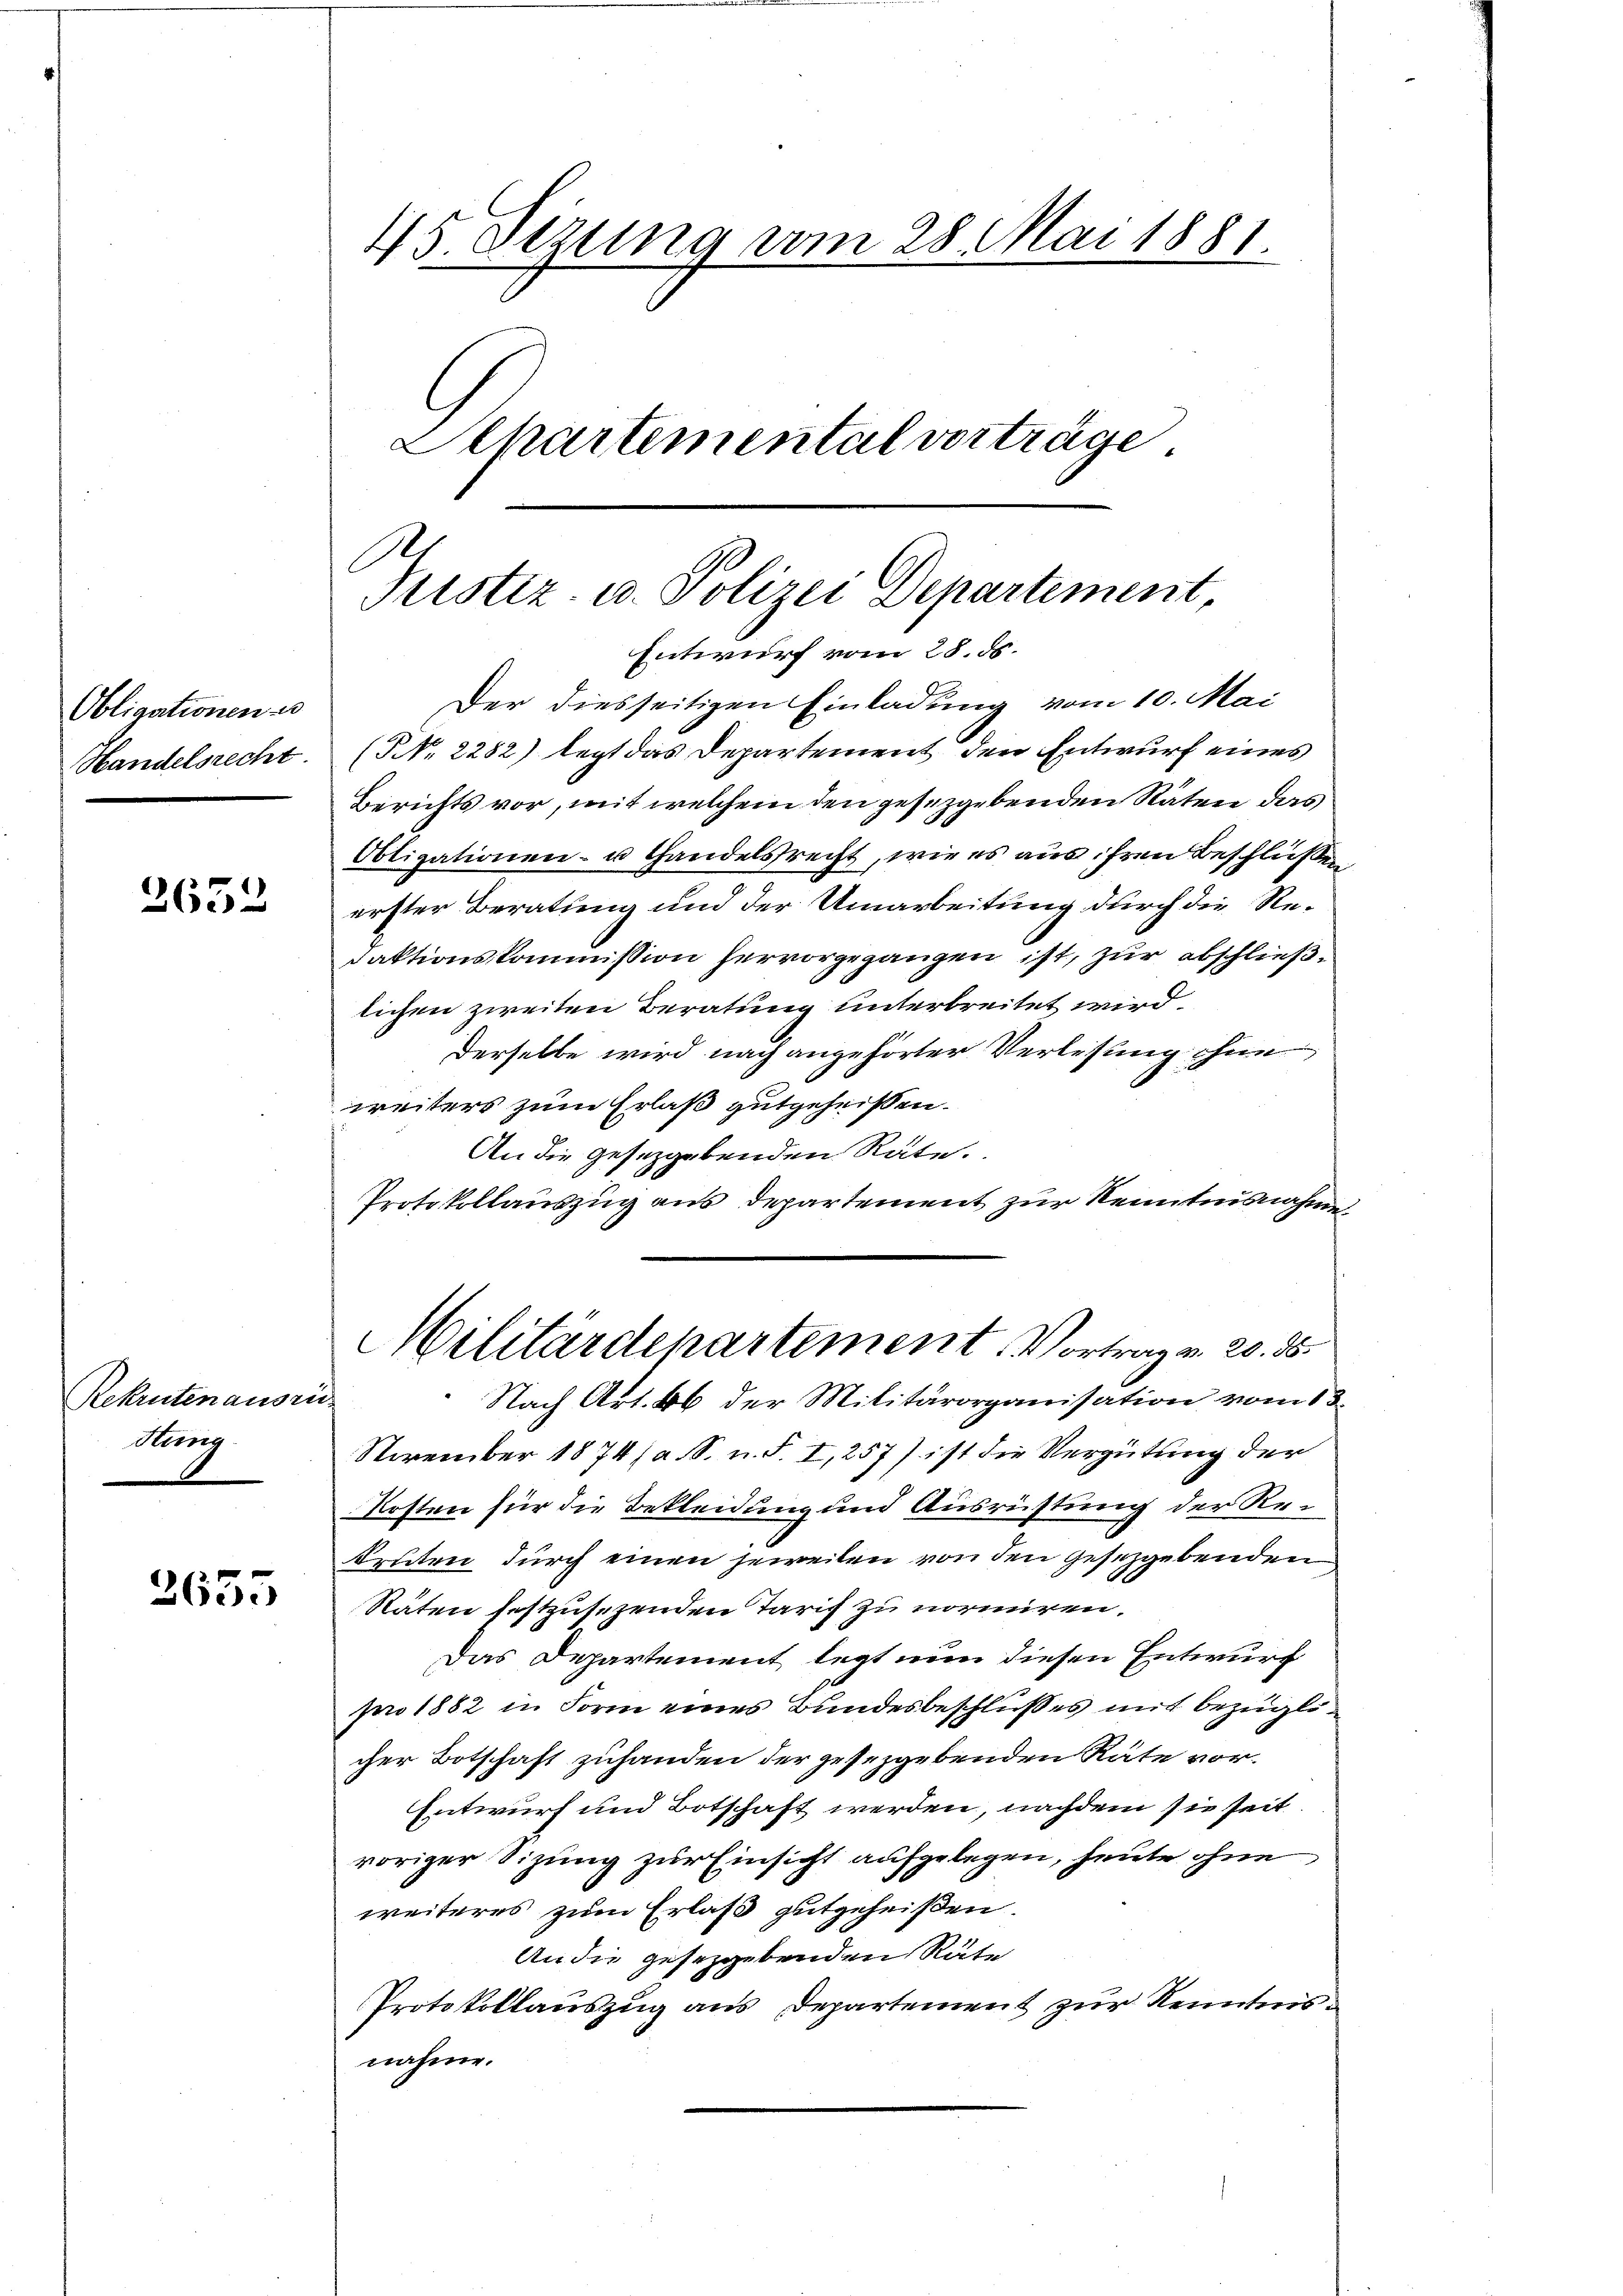
Obligationen
Handelsrecht.

2632

Rekrutenausri
Stung

2635

45. Setzung vom 28. Mai 1881.
Elhartemental vorträge

1
Tristiz- u. Polizei Departement
Entwurf vom 28. ds.

Der diesseitigen Einladung vom 10. Mai
(NNo. 2282) legt das Departement den Entwurf eines
Berichts vor, mit welchem den gesezgebenden Räten das
Obligationen- u Handelsrecht, wie es aus ihren Beschlüßen
erster Beratung und der Umarbeitung durch die Redaktionskommission hervorgegangen ist, zur abschließlichen zweiten Beratung unterbreitet wird.
Derselbe wird nach angehörter Verlesung ihne
weiters zum Erlaß gutgeheißen.
An die gesetzgebenden Räte.
Protokollauszug aus departement zur Kenntnisnahme
Nach Art. 66 der Militärorganisation vom 12.
November 1874/a S. n. F. I, 257) ist die Vergütung der
Kosten für die Bekleidung und Ausrüstung der Rekruten durch einen jeweilen von den Gesetzgebenden
Stäten festzusezenden Tarif zu normiren.
Das Departement legt nun diesen Entwurf
pro 1882 in Form eines Bundesbeschlußes mit bezüglicher Botschaft zuhanden der gesezgebenden Räte vor¬
Entwurf und Botschaft werden, nachdem sie seit
voriger Sizung zur Einsicht aufgelegen, heute ohne
weiteres zum Erlaß gutgeheißen.
An die gesezgebenden Räte
Protokollauszug aus Departement zur Kenntnisnahme.

Militärdepartement. Vortrag v. 20. 85.